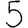
Digit: 5